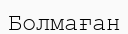
Болмаған